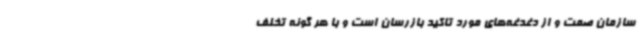
سازمان صمت و از دغدغه‌های مورد تاکید بازرسان است و با هر گونه تخلف